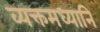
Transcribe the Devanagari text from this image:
व्यक्तमध्यानि